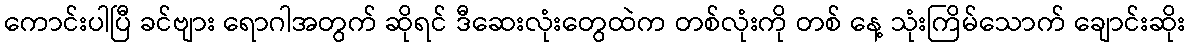
ကောင်းပါပြီ ခင်ဗျား ရောဂါအတွက် ဆိုရင် ဒီဆေးလုံးတွေထဲက တစ်လုံးကို တစ် နေ့ သုံးကြိမ်သောက် ချောင်းဆိုး